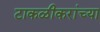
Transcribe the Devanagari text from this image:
टाकळीकरांच्या